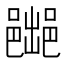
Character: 𲆛